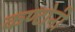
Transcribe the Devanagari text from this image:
कण्टोनी